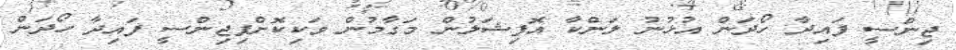
ޖިންސީ ފައިދާ ހޯދަން އުޅުނު ލަންކާ އޮފިޝަލުން މަގާމުން ވަކިކޮށްފިޖިންސީ ފައިދާ ހޯދަން